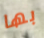
بها